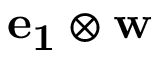
\mathbf { e _ { 1 } } \otimes \mathbf { w }